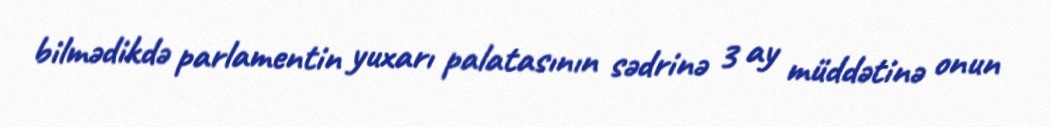
bilmədikdə parlamentin yuxarı palatasının sədrinə 3 ay müddətinə onun